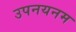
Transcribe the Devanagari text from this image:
उपनयनम